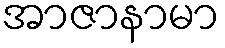
အာဇာနာမာ